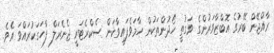
ރާއްޖޭން ބޭރުގެ އޮބްޒާވަރުންގެ ވަގުތީ ހޯދުންތަކުން ހާމަވެފައިވާކަން ސެކްރެޓަރީ ޖެނެރަލް ފާހަގަކުރައްވަ އެވެ.